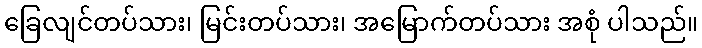
ခြေလျင်တပ်သား၊ မြင်းတပ်သား၊ အမြောက်တပ်သား အစုံ ပါသည်။